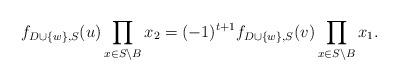
LaTeX: \begin{align*}f_{D \cup \{w\},S}(u) \prod_{x \in S \setminus B} x_{2} = (-1)^{t+1} f_{D \cup \{w\},S}(v) \prod_{x \in S \setminus B} x_{1}. \end{align*}